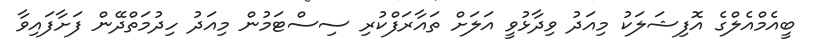
ބީއެމްއެލްގެ އޮފިޝަލަކު މިއަދު ވިދާޅުވީ އަލަށް ތައާރަފްކުރި ސިސްޓަމުން މިއަދު ހިދުމަތްދޭން ފަށާފައިވާ